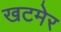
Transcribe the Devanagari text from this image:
खटमेर